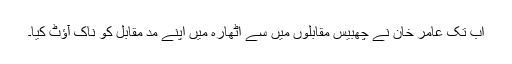
اب تک عامر خان نے چھبیس مقابلوں میں سے اٹھارہ میں اپنے مد مقابل کو ناک آؤٹ کیا۔